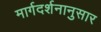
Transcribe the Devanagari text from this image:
मार्गदर्शनानुसार